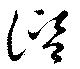
諮